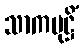
သာကမုဋ္ဌိံ